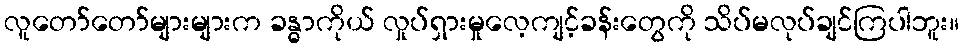
လူတော်တော်များများက ခန္ဓာကိုယ် လှုပ်ရှားမှုလေ့ကျင့်ခန်းတွေကို သိပ်မလုပ်ချင်ကြပါဘူး။